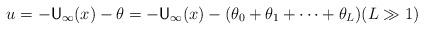
LaTeX: \begin{align*} u = -{\sf U}_\infty(x)-\theta = -{\sf U}_\infty(x)-(\theta_0+\theta_1+\cdots+\theta_L) (L\gg1) \end{align*}